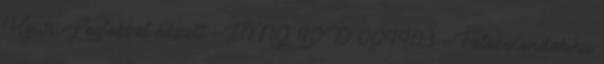
Hour Legtöbbet nézett - IMG 40D 004403 - Fotobolondok.hu